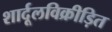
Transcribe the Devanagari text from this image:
शार्दूलविक्रीड़ित